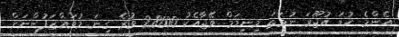
އެންމެ ކުޑަ އުޖޫރަ ނުވަތަ މިނިމަމް ވޭޖާއެކު 28000 ވުރެ ގިނަ މުވައްޒަފުންނަށް